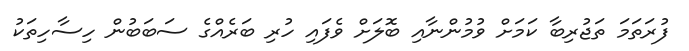
ފުރަތަމަ ތަޖުރިބާ ކަމަށް ވުމުންނާއި ބޮލަށް ވެފައި ހުރި ބަރެއްގެ ސަބަބުން ހިސާހިތަކު